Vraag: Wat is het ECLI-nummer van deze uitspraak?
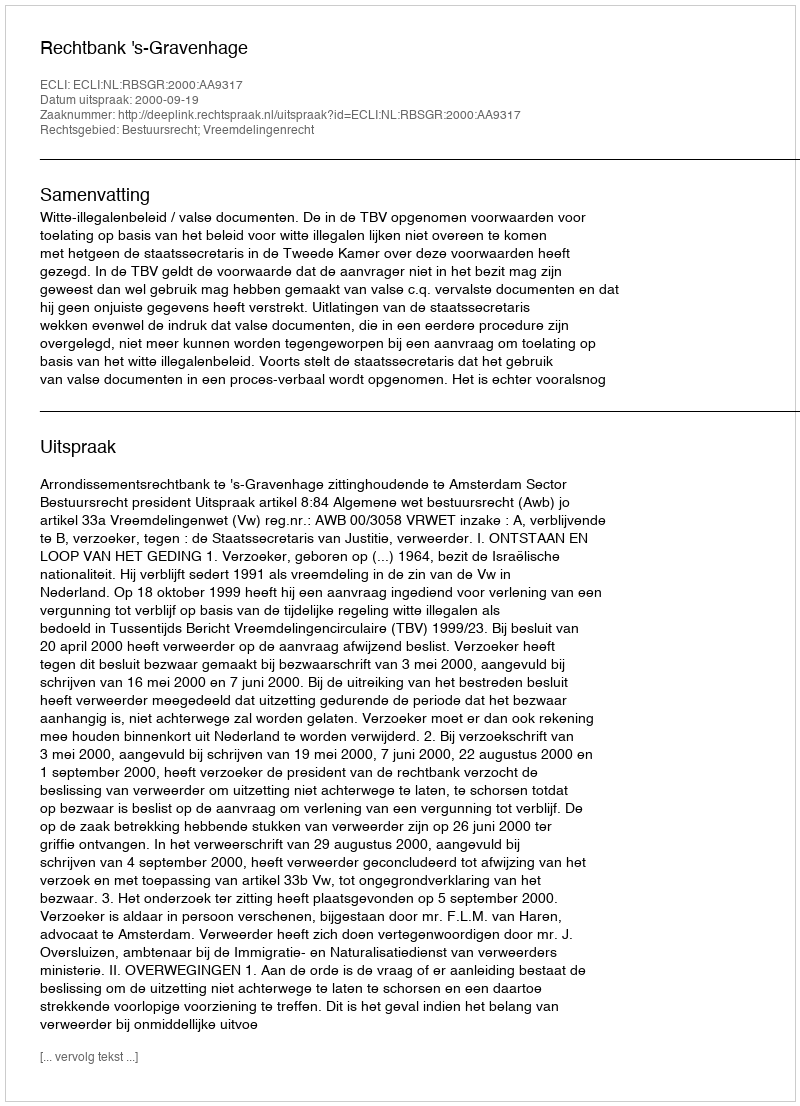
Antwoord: ECLI:NL:RBSGR:2000:AA9317